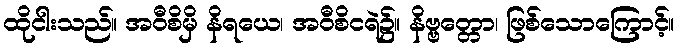
ထိုငါးသည်။ အဝီစိမှိ နိရယေ၊ အဝီစိငရဲ၌။ နိဗ္ဗတ္တော၊ ဖြစ်သောကြောင့်။